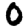
Digit: 0